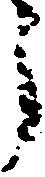
う